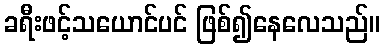
ခရီးဖင့်သယောင်ပင် ဖြစ်၍နေလေသည်။